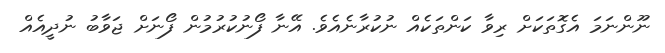
ނޫންނަމަ އެގޮތަކަށް ރިވާ ކަންތަކެއް ނުކުރާނެއެވެ. އޭނާ ފޯނުކުރުމުން ފޯނަށް ޖަވާބު ނުދީއެއް